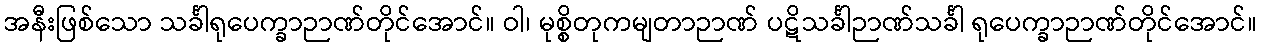
အနီးဖြစ်သော သင်္ခါရုပေက္ခာဉာဏ်တိုင်အောင်။ ဝါ၊ မုစ္စိတုကမျတာဉာဏ် ပဋိသင်္ခါဉာဏ်သင်္ခါ ရုပေက္ခာဉာဏ်တိုင်အောင်။